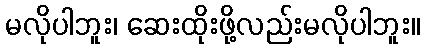
မလိုပါဘူး၊ ဆေးထိုးဖို့လည်းမလိုပါဘူး။